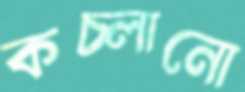
কচ্‌লানো